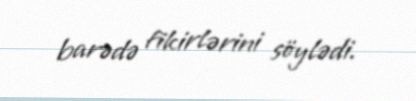
barədə fikirlərini söylədi.